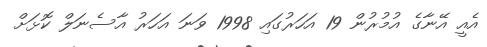
އެއީ އޭނާގެ އުމުރުން 19 އަހަރުގައި 1998 ވަނަ އަހަރު އާސެނަލް ކޮޅަށް